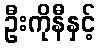
ဦးကိုနီနှင့်